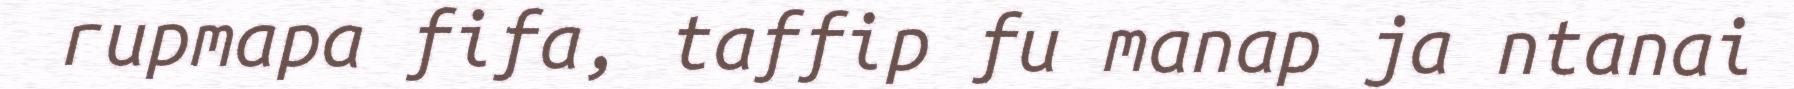
rupmapa fifa, taffip fu manap ja ntanai